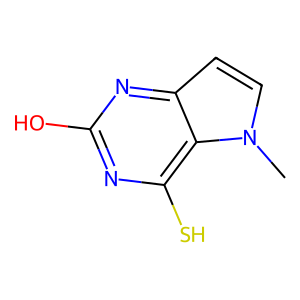
SMILES: Cn1ccc2nc(O)nc(S)c21
Inhibits HIV replication: No